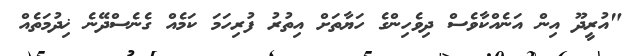
"އުރީދޫ އިން އަނެއްކާވެސް ދިވެހިންގެ ހަޔާތަށް އިތުރު ފުރިހަމަ ކަމެއް ގެނެސްދޭނެ ޚިދުމަތެއް